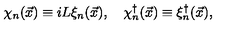
\chi _ { n } ( \vec { x } ) \equiv i L \xi _ { n } ( \vec { x } ) , \quad \chi _ { n } ^ { \dagger } ( \vec { x } ) \equiv \xi _ { n } ^ { \dagger } ( \vec { x } ) ,